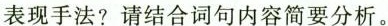
表现手法?请结合词句内容简要分析。